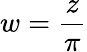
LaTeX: w={\frac{z}{\pi}}